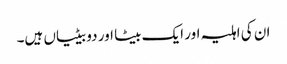
ان کی اہلیہ اور ایک بیٹا اور دو بیٹیاں ہیں۔